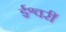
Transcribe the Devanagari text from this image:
ईश्वरीं